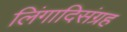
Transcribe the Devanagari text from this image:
लिंगादिसंग्रह